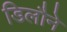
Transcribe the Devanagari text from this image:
डिलौने